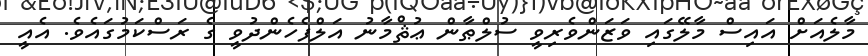
މާލެއަށް އައިސް މާލޭގައި ވަޒަންވެރިވީ ސުލްޠާން ޢުޘްމާނު އަލްފެހެންދުވީ ގެ ރަސްކަމުގައެވެ. އެއީ